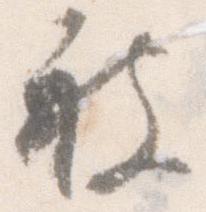
被